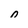
Character: 0